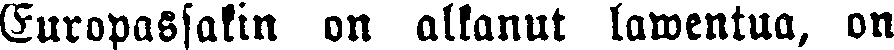
Europassakin on alkanut lawentua, on